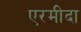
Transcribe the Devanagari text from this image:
एरमीदा